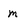
Character: m